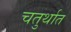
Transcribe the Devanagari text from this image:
चतुर्थात